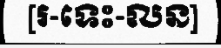
[រ-ទេះ-លន]